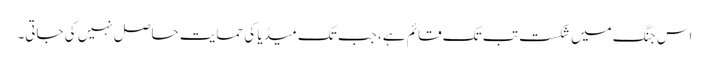
اس جنگ میں شکست تب تک قائم ہے، جب تک میڈیا کی حمایت حاصل نہیں کی جاتی۔